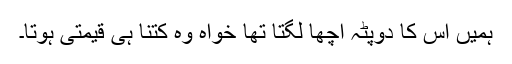
ہمیں اس کا دوپٹہ اچھا لگتا تھا خواہ وہ کتنا ہی قیمتی ہوتا۔